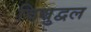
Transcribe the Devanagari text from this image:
विद्युद्वल